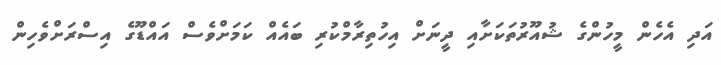
އަދި އެހެން މީހުންގެ ޝުއޫރުތަކަށާއި ދީނަށް އިހުތިރާމްކުރި ބައެއް ކަމަށްވެސް އައްޑޫގެ އިސްރަށްވެހިން